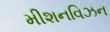
મીશનવિઝન